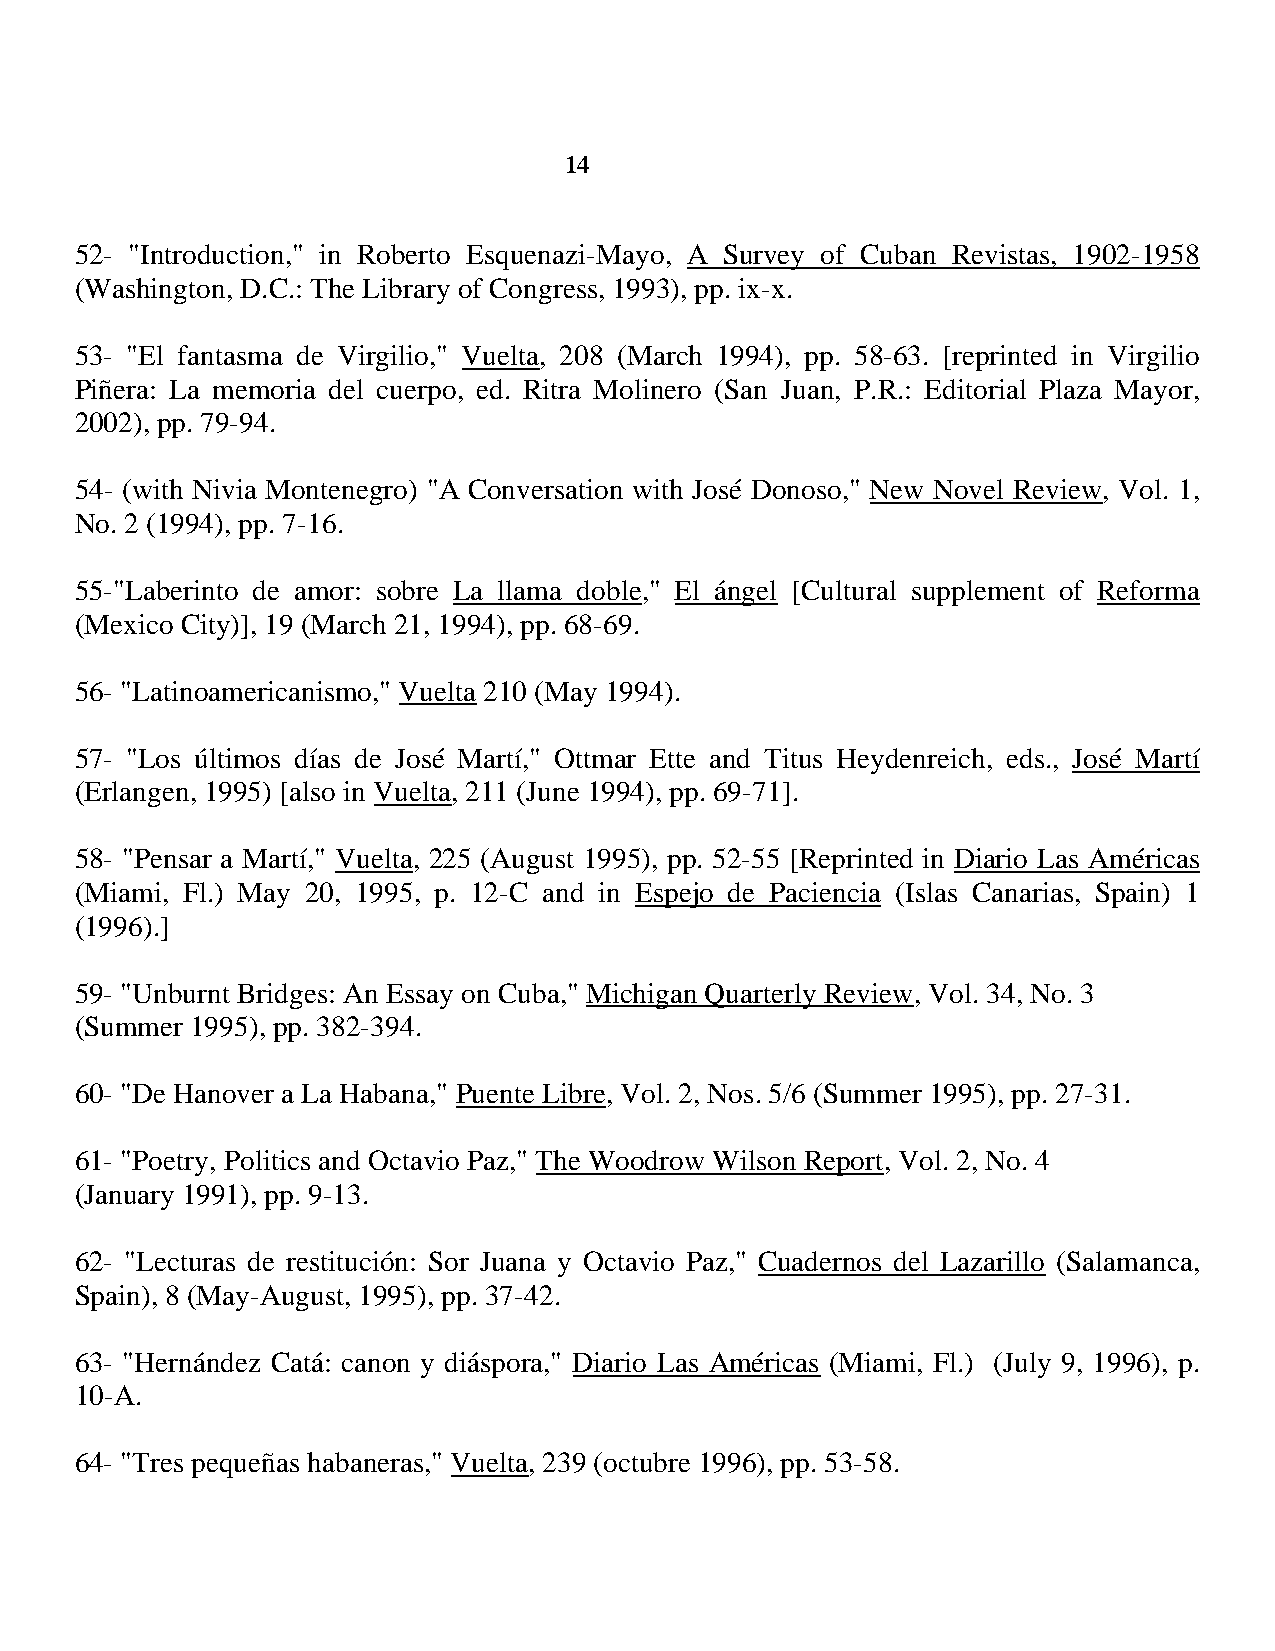
14
 52- "Introduction," in Roberto Esquenazi-Mayo, A Survey of Cuban Revistas, 1902-1958
 (Washington, D.C.: The Library of Congress, 1993), pp. ix-x.
 53- "El fantasma de Virgilio," Vuelta, 208 (March 1994), pp. 58-63. [reprinted in Virgilio
 Piñera: La memoria del cuerpo, ed. Ritra Molinero (San Juan, P.R.: Editorial Plaza Mayor,
 2002), pp. 79-94.
 54- (with Nivia Montenegro) "A Conversation with José Donoso," New Novel Review, Vol. 1,
 No. 2 (1994), pp. 7-16.
 55-"Laberinto de amor: sobre La llama doble," El ángel [Cultural supplement of Reforma
 (Mexico City)], 19 (March 21, 1994), pp. 68-69.
 56- "Latinoamericanismo," Vuelta 210 (May 1994).
 57- "Los últimos días de José Martí," Ottmar Ette and Titus Heydenreich, eds., José Martí
 (Erlangen, 1995) [also in Vuelta, 211 (June 1994), pp. 69-71].
 58- "Pensar a Martí," Vuelta, 225 (August 1995), pp. 52-55 [Reprinted in Diario Las Américas
 (Miami, Fl.) May 20, 1995, p. 12-C and in Espejo de Paciencia (Islas Canarias, Spain) 1
 (1996).]
 59- "Unburnt Bridges: An Essay on Cuba," Michigan Quarterly Review, Vol. 34, No. 3
 (Summer 1995), pp. 382-394.
 60- "De Hanover a La Habana," Puente Libre, Vol. 2, Nos. 5/6 (Summer 1995), pp. 27-31.
 61- "Poetry, Politics and Octavio Paz," The Woodrow Wilson Report, Vol. 2, No. 4
 (January 1991), pp. 9-13.
 62- "Lecturas de restitución: Sor Juana y Octavio Paz," Cuadernos del Lazarillo (Salamanca,
 Spain), 8 (May-August, 1995), pp. 37-42.
 63- "Hernández Catá: canon y diáspora," Diario Las Américas (Miami, Fl.) (July 9, 1996), p.
 10-A.
 64- "Tres pequeñas habaneras," Vuelta, 239 (octubre 1996), pp. 53-58.